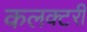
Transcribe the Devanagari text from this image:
कलक्टरी